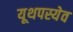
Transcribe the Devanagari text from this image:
यूथपस्येव